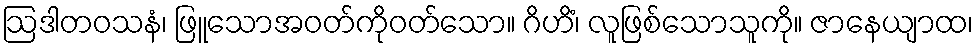
ဩဒါတဝသနံ၊ ဖြူသောအဝတ်ကိုဝတ်သော။ ဂိဟိံ၊ လူဖြစ်သောသူကို။ ဇာနေယျာထ၊